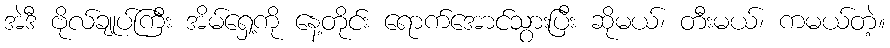
အဲဒီ ဗိုလ်ချုပ်ကြီး အိမ်ရှေ့ကို နေ့တိုင်း ရောက်အောင်သွားပြီး ဆိုမယ်၊ တီးမယ်၊ ကမယ်တဲ့။